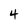
Character: 4